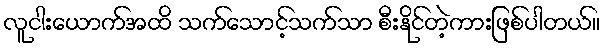
လူငါးယောက်အထိ သက်သောင့်သက်သာ စီးနိုင်တဲ့ကားဖြစ်ပါတယ်။